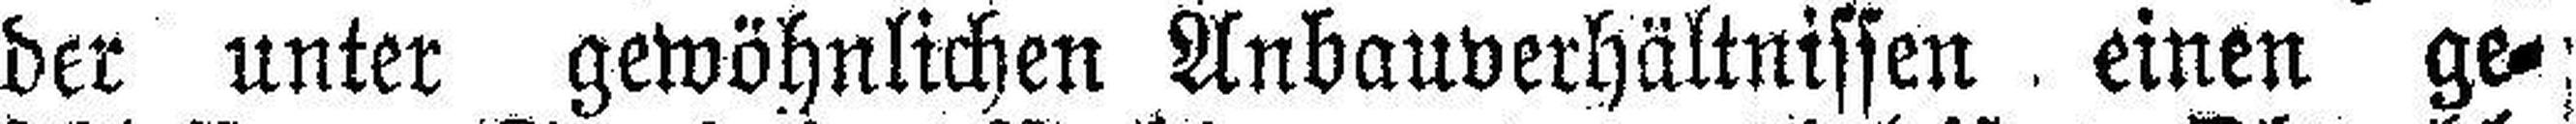
der unter gewöhnlichen Anbauverhältnissen einen ge¬